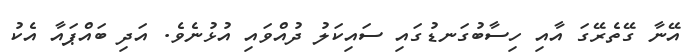
އޭނާ ގޭތެރޭގަ އާއި ހިސާބުގަނޑުގައި ސައިކަލު ދުއްވައި އުޅުނެވެ. އަދި ބައްޕައާ އެކު